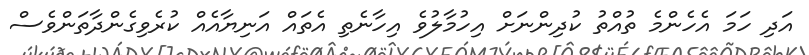
އަދި ހަމަ އެހެންމެ ތުއްތު ކުދިންނަށް އިހުމާލުވެ އިހާނެތި އެތައް އަނިޔާއެއް ކުރެވިގެންދާތަންވެސް